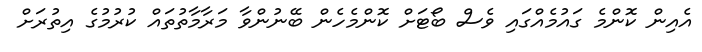
އެއިން ކޮންމެ ގައުމެއްގައި ވެސް ބޯޓަށް ކޮންމެހެން ބޭނުންވާ މަރާމާތުތައް ކުރުމުގެ އިތުރަށް